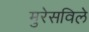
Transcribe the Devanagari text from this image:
मुरेसविले